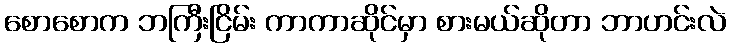
စောစောက ဘကြီးငြိမ်း ကာကာဆိုင်မှာ စားမယ်ဆိုတာ ဘာဟင်းလဲ